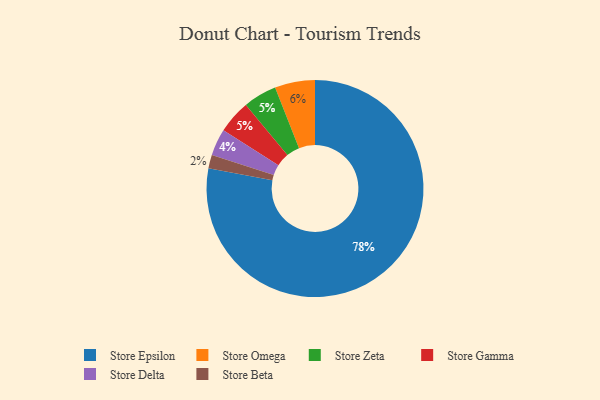
{"axis": {"x": "Category", "y": "Percentage"}, "legend": ["Store Beta", "Store Delta", "Store Epsilon", "Store Gamma", "Store Omega", "Store Zeta"], "data": [{"x": "Store Zeta", "y": 5, "type": "Store Zeta"}, {"x": "Store Omega", "y": 6, "type": "Store Omega"}, {"x": "Store Delta", "y": 4, "type": "Store Delta"}, {"x": "Store Beta", "y": 2, "type": "Store Beta"}, {"x": "Store Gamma", "y": 5, "type": "Store Gamma"}, {"x": "Store Epsilon", "y": 78, "type": "Store Epsilon"}]}